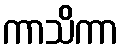
ကာသိကာ